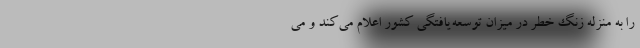
را به منزله زنگ خطر در میزان توسعه‌یافتگی کشور اعلام می‌کند و می‌